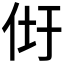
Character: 𰁴